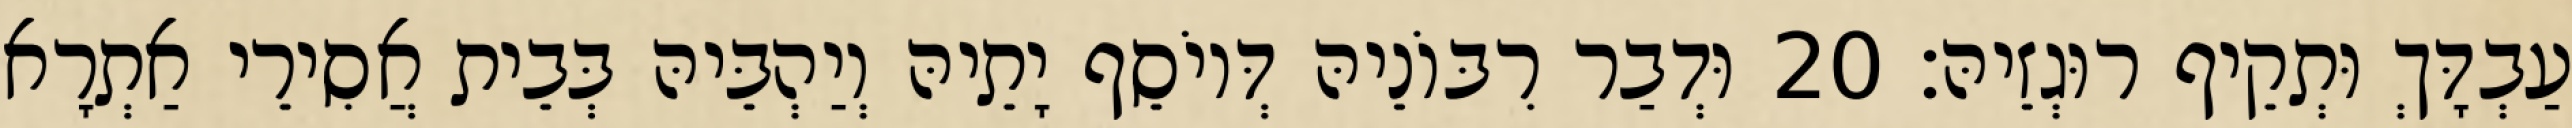
עַבְדָּךְ וּתְקֵיף רוּגְזֵיהּ׃ 20 וּדְבַר רִבּוֹנֵיהּ דְּיוֹסֵף יָתֵיהּ וְיַהְבֵּיהּ בְּבֵית אֲסִירֵי אַתְרָא